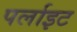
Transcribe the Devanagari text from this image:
पर्लाइट